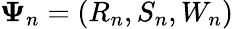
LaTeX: \mathbf{\Psi}_{n}=(R_{n},S_{n},W_{n})